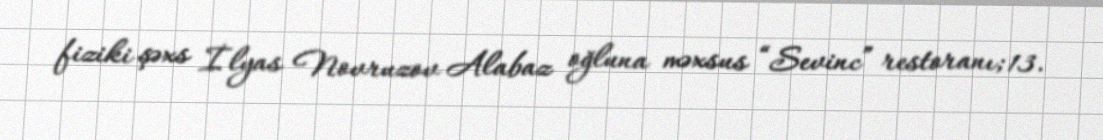
fiziki şəxs İlyas Novruzov Alabaz oğluna məxsus “Sevinc” restoranı; 13.